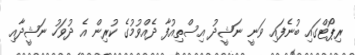
ރިޕޯޓްގައި ބުނެފައި ވަނީ ނަޝީދު އިސްތިއުފާ ދެއްވުމުގެ ކުރިން އެ ދުވަހު ނަޝީދާއި